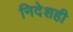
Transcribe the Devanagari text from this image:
निदेशही